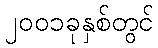
၂၀၀၁ခုနှစ်တွင်